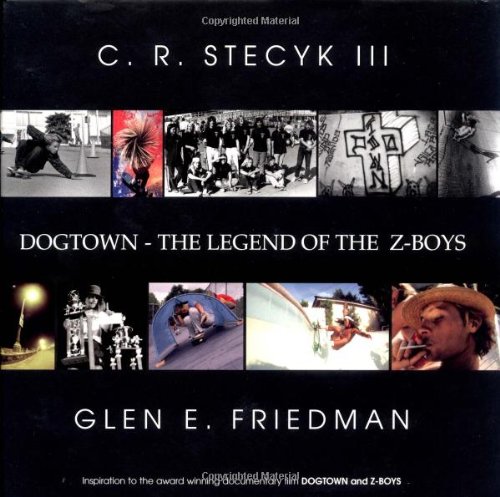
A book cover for DogTown: The Legend of the Z-Boys; Sports & Outdoors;